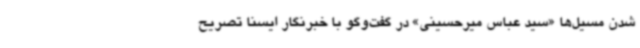
شدن مسیل‌ها «سید عباس میرحسینی» در گفت‌وگو با خبرنگار ایسنا تصریح